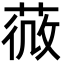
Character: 𦵌